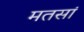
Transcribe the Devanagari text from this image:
मतसां